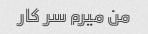
من میرم سر کار